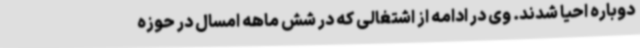
دوباره احیا شدند. وی در ادامه از اشتغالی که در شش ماهه امسال در حوزه